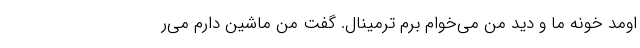
اومد خونه ما و دید من می‌خوام برم ترمینال. گفت من ماشین دارم می‌ر